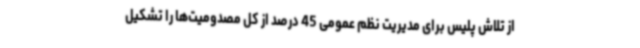
از تلاش پلیس برای مدیریت نظم عمومی 45 درصد از کل مصدومیت‌ها را تشکیل